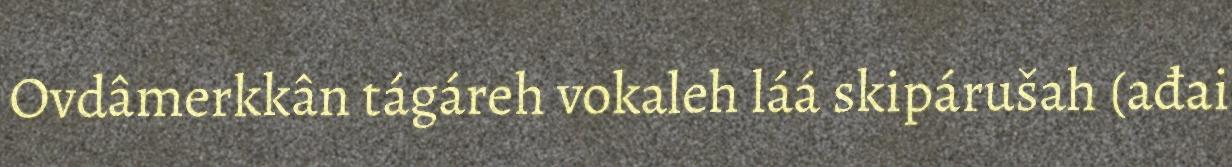
Ovdâmerkkân tágáreh vokaleh láá skipárušah (ađai